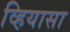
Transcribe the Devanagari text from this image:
व्हियासा